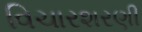
વિચારશરણી